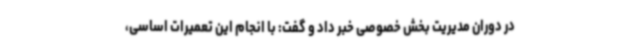
در دوران مدیریت بخش خصوصی خبر داد و گفت: با انجام این تعمیرات اساسی،